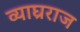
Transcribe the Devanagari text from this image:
व्याघ्रराज